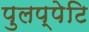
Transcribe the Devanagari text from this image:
पुलप्पेटि